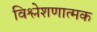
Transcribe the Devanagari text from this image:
विश्लेशणात्मक